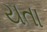
યતા